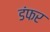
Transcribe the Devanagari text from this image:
डंफर